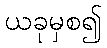
ယခုမှစ၍